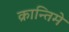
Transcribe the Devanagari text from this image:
क्रान्तिमे